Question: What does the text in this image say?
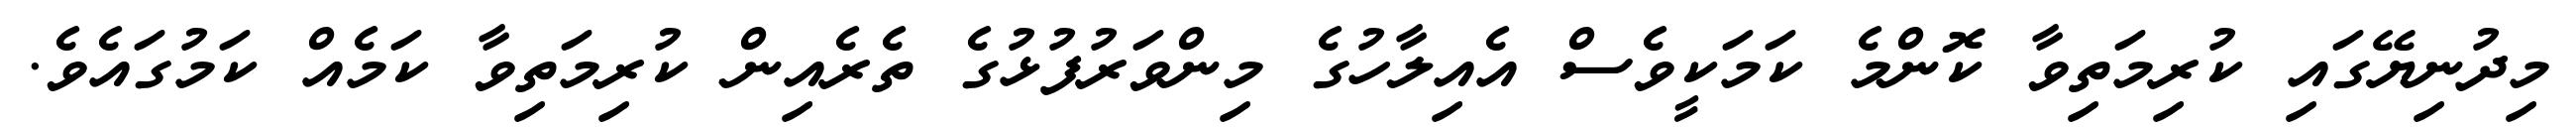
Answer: މިދުނިޔޭގައި ކުރިމަތިވާ ކޮންމެ ކަމަކީވެސް އެއިލާހުގެ މިންވަރުފުޅުގެ ތެރެއިން ކުރިމަތިވާ ކަމެއް ކަމުގައެވެ.